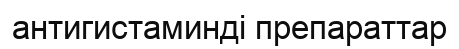
антигистаминді препараттар